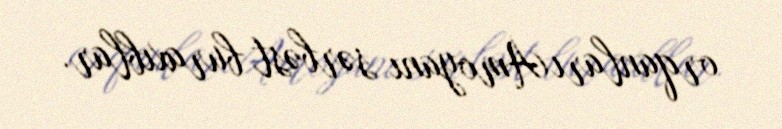
orqanları Amoyanı sərbəst buraxıblar.